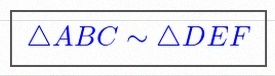
\triangle ABC\sim\triangle DEF